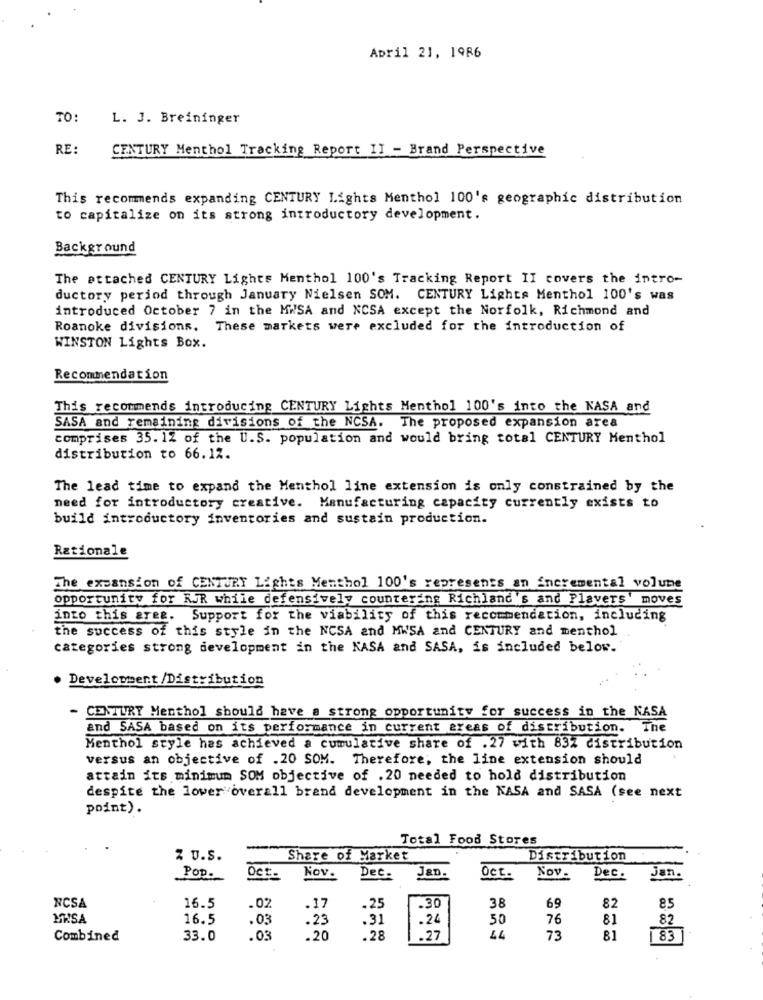
April 21, 1986
TO:
L. J. Breininger
RE:
CENTURY Menthol Tracking Report II - Brand Perspective
This recommends expanding CENTURY Lights Menthol 100's geographic distribution
to capitalize on its strong introductory development.
Background
The attached CENTURY Lights Menthol 100's Tracking Report II covers the intro-
ductory period through January Nielsen SOM. CENTURY Lights Menthol 100's was
introduced October 7 in the MWSA and NCSA except the Norfolk, Richmond and
Roanoke divisions. These markets were excluded for the introduction of
WINSTON Lights Box.
Recommendation
This recommends introducing CENTURY Lights Menthol 100's into the NASA and
SASA and remaining divisions of the NCSA. The proposed expansion area
comprises 35. 12 of the U.S. population and would bring total CENTURY Menthol
distribution to 66.12.
The lead time to expand the Menthol line extension is only constrained by the
need for introductory creative. Manufacturing capacity currently exists to
build introductory inventories and sustain production.
Rationale
The expansion of CENTURY Lights Menthol 100's represents an incremental volume
opportunity for RJR while defensively countering Richland's and Players' moves
into this area. Support for the viability of this recommendation, including
the success of this style in the NCSA and MWSA and CENTURY and menthol
categories strong development in the KASA and SASA, is included below.
. Development/Distribution
- CENTURY Menthol should have a strong opportunity for success in the NASA
and SASA based on its performance in current areas of distribution. Ine
Menthol style has achieved a cumulative share of .27 with 83Z distribution
versus an objective of .20 SOM. Therefore, the line extension should
attain its minimum SOM objective of .20 needed to hold distribution
despite the lower overall brand development in the NASA and SASA (see next
point).
Total Food Stores
Z U.S.
Share of Market
Distribution
Dec.
Jan.
Pop.
Oct.
Nov.
Oct.
Nov.
Dec.
Jan.
NCSA
.30
38
69
16.5
.02
.17
.25
82
85
MASA
16.5
.03
.23
.31
.24
50
76
81
82
Combined
33.0
.03
.20
.28
27
LL
73
83